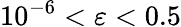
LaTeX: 10^{-6}<\varepsilon<0.5